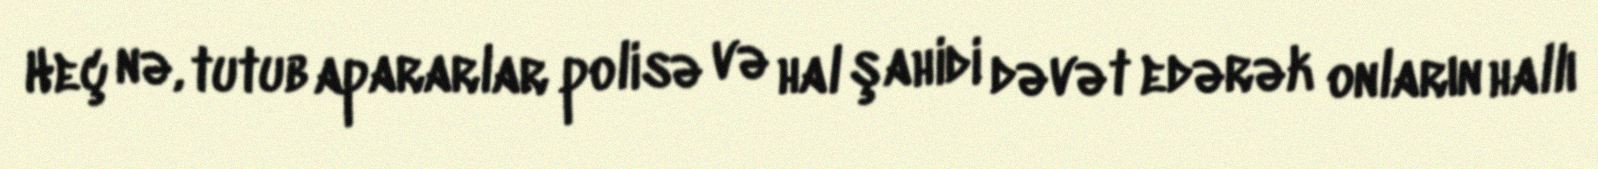
Heç nə, tutub apararlar polisə və hal şahidi dəvət edərək onların hallı